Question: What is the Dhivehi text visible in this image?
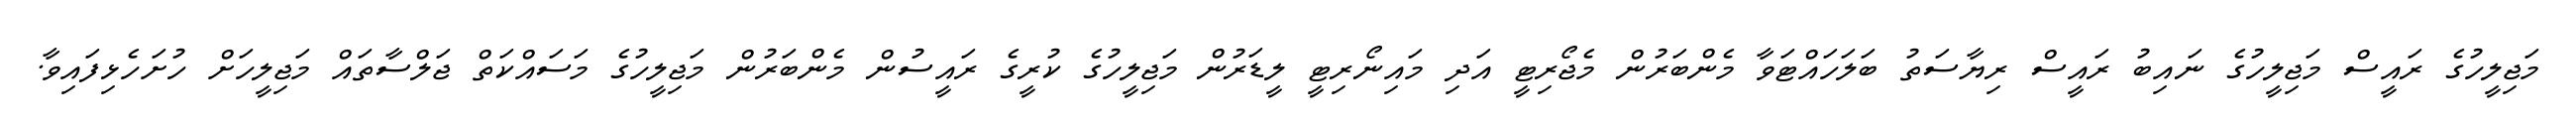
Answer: މަޖިލީހުގެ ރައީސް މަޖިލީހުގެ ނައިބު ރައީސް ރިޔާސަތު ބަލަހައްޓަވާ މެންބަރުން މެޖޯރިޓީ އަދި މައިނޯރިޓީ ލީޑަރުން މަޖިލީހުގެ ކުރީގެ ރައީސުން މެންބަރުން މަޖިލީހުގެ މަސައްކަތް ޖަލްސާތައް މަޖިލީހަށް ހުށަހެޅިފައިވާ.